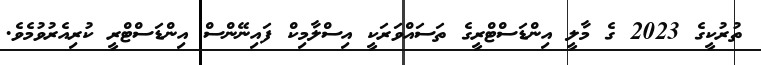
ތުރުކީގެ 2023 ގެ މާލީ އިންޑަސްޓްރީގެ ތަސައްވަރަކީ އިސްލާމިކް ފައިނޭންސް އިންޑަސްޓްރީ ކުރިއެރުވުމެވެ.